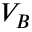
V _ { B }